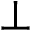
\perp